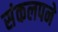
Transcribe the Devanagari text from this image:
संकलपने